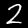
Label: 2